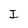
Character: I